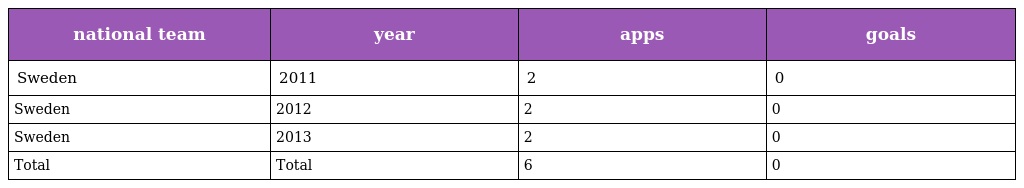
| national team | year | apps | goals |
 | --- | --- | --- | --- |
 | Sweden | 2011 | 2 | 0 |
 | Sweden | 2012 | 2 | 0 |
 | Sweden | 2013 | 2 | 0 |
 | Total | Total | 6 | 0 |